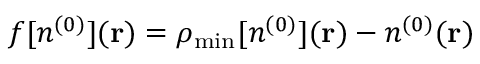
f [ n ^ { ( 0 ) } ] ( { \bf r } ) = \rho _ { \mathrm { m i n } } [ n ^ { ( 0 ) } ] ( { \bf r } ) - n ^ { ( 0 ) } ( { \bf r } )